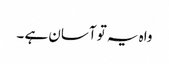
واہ یہ تو آسان ہے ۔